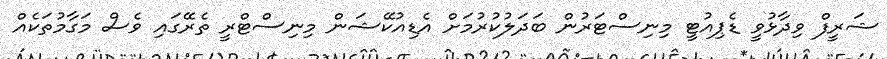
ޝަރީފް ވިދާޅުވީ ޑެޕިއުޓީ މިނިސްޓަރުން ބަދަލުކުރުމަށް އެޑިއުކޭޝަން މިނިސްޓްރީ ތެރޭގައި ވެސް މަގާމުތަކެއް